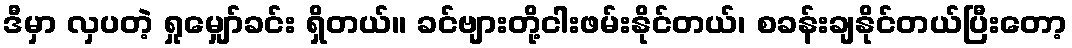
ဒီမှာ လှပတဲ့ ရှုမျှော်ခင်း ရှိတယ်။ ခင်ဗျားတို့ငါးဖမ်းနိုင်တယ်၊ စခန်းချနိုင်တယ်ပြီးတော့